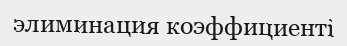
элиминация коэффициенті